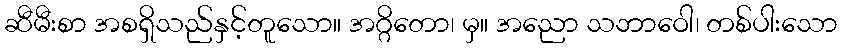
ဆီမီးစာ အစရှိသည်နှင့်တူသော။ အဂ္ဂိတော၊ မှ။ အညော သဘာဝေါ၊ တစ်ပါးသော